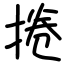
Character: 捲